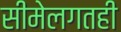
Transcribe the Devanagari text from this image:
सीमेलगतही